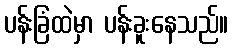
ပန်းခြံထဲမှာ ပန်းခူးနေသည်။